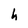
Character: h